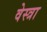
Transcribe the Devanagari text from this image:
वेस्त्रा